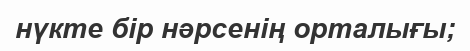
нүкте бір нәрсенің орталығы;